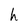
Character: h